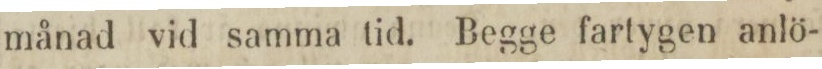
månad vid samma tid. Begge fartygen anlö-